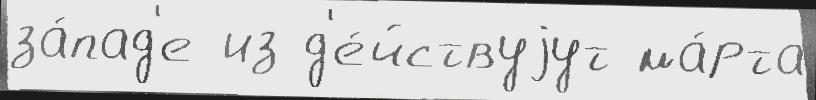
за́пад'е из д'е́йствуjут ма́рта